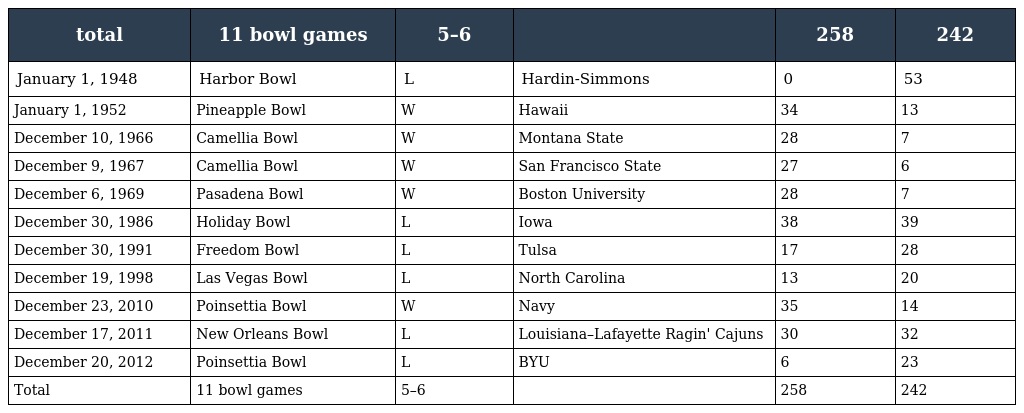
| total | 11 bowl games | 5–6 |  | 258 | 242 |
 | --- | --- | --- | --- | --- | --- |
 | January 1, 1948 | Harbor Bowl | L | Hardin-Simmons | 0 | 53 |
 | January 1, 1952 | Pineapple Bowl | W | Hawaii | 34 | 13 |
 | December 10, 1966 | Camellia Bowl | W | Montana State | 28 | 7 |
 | December 9, 1967 | Camellia Bowl | W | San Francisco State | 27 | 6 |
 | December 6, 1969 | Pasadena Bowl | W | Boston University | 28 | 7 |
 | December 30, 1986 | Holiday Bowl | L | Iowa | 38 | 39 |
 | December 30, 1991 | Freedom Bowl | L | Tulsa | 17 | 28 |
 | December 19, 1998 | Las Vegas Bowl | L | North Carolina | 13 | 20 |
 | December 23, 2010 | Poinsettia Bowl | W | Navy | 35 | 14 |
 | December 17, 2011 | New Orleans Bowl | L | Louisiana–Lafayette Ragin' Cajuns | 30 | 32 |
 | December 20, 2012 | Poinsettia Bowl | L | BYU | 6 | 23 |
 | Total | 11 bowl games | 5–6 |  | 258 | 242 |